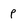
Character: P